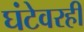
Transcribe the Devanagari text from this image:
घंटेवरही